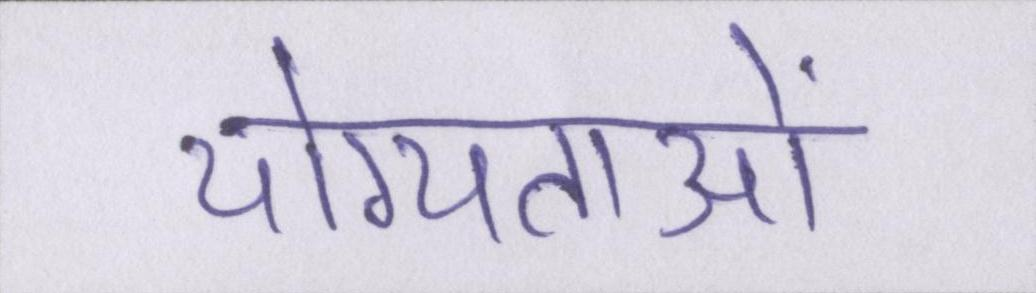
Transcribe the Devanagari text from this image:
योग्यताओं